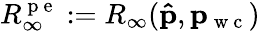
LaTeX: R_{\infty}^{\mathrm{~p~e~}}:=R_{\infty}(\mathbf{\hat{p}},\mathbf{p}_{\mathrm{~w~c~}})